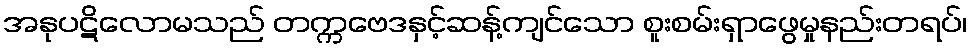
အနုပဋိလောမသည် တက္ကဗေဒနှင့်ဆန့်ကျင်သော စူးစမ်းရှာဖွေမှုနည်းတရပ်၊